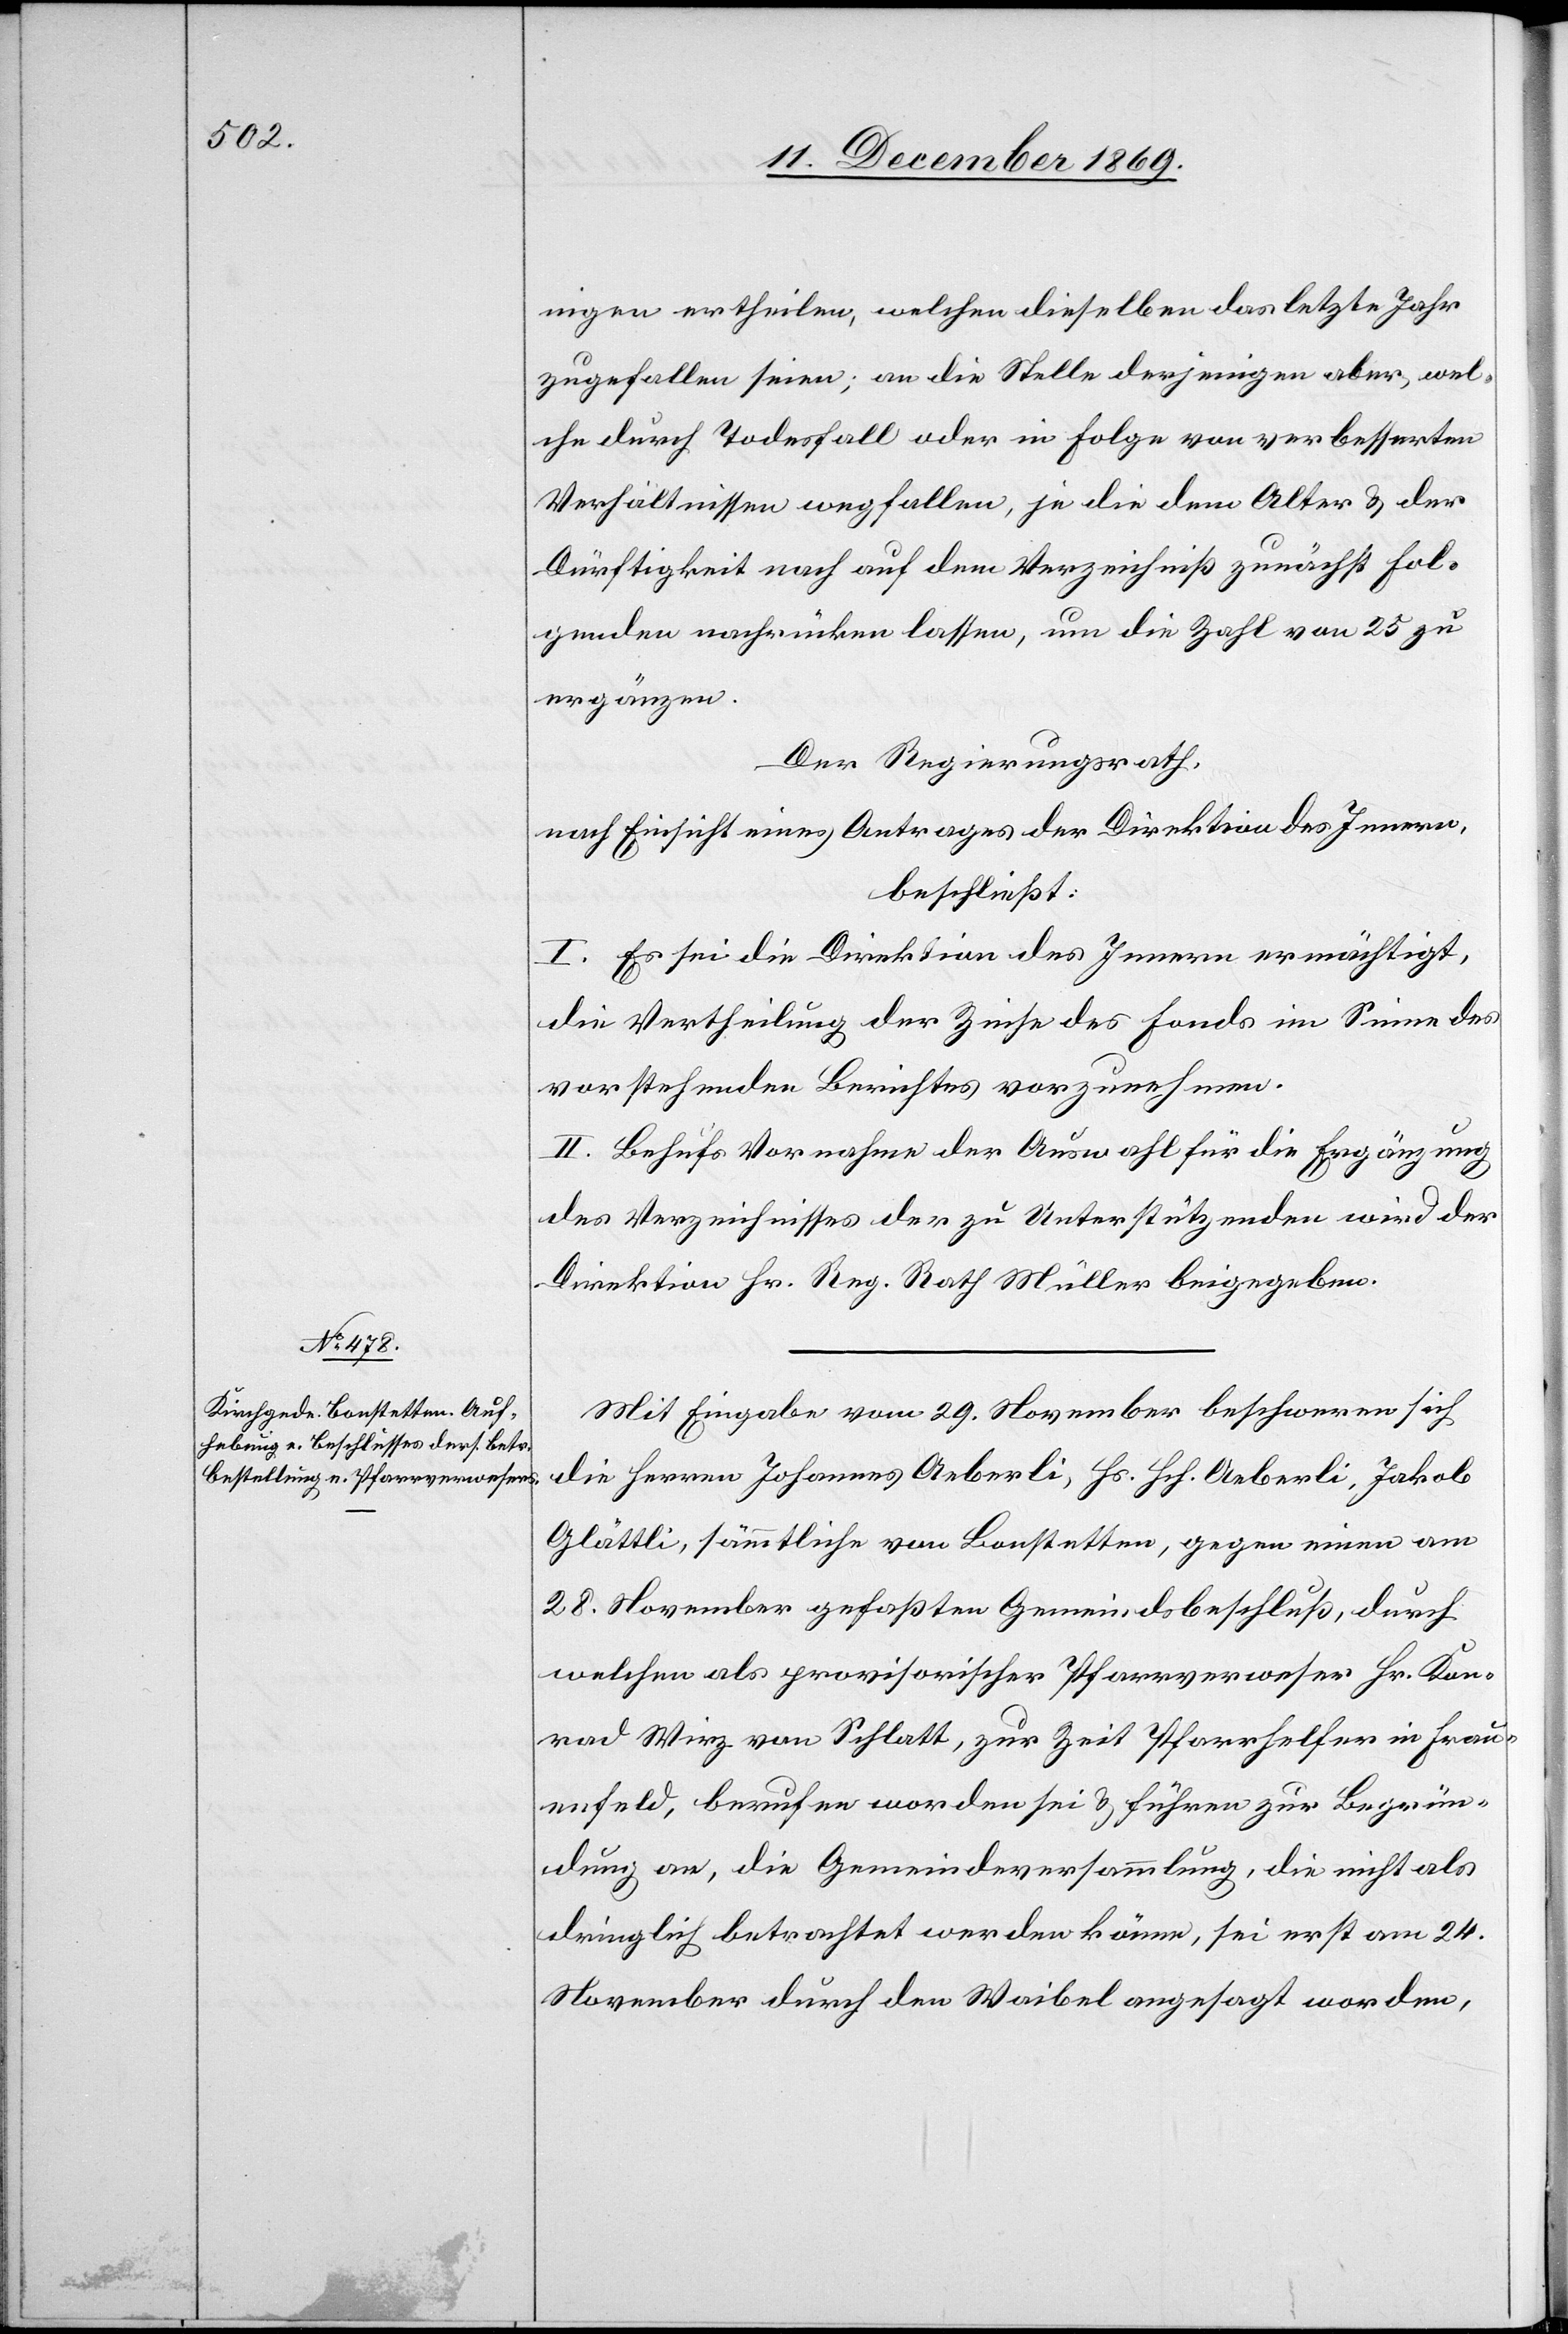
nigen ertheilen, welchen dieselben das letzte Jahr
zugefallen seien; an die Stelle derjenigen aber, wel¬
che durch Todesfall oder in Folge von verbesserten
Verhältnissen wegfallen, je die dem Alter & der
Dürftigkeit nach auf dem Verzeichniß zunächst fol¬
genden nachrücken lassen, um die Zahl von 25 zu
ergänzen.
Der Regierungsrath,
nach Einsicht eines Antrages der Direktion des Innern,
beschließt:
I. Es sei die Direktion des Innern ermächtigt,
die Vertheilung der Zinse des Fonds im Sinne des
vorstehenden Berichtes vorzunehmen.
II. Behufs Vornahme der Auswahl für die Ergänzung
des Verzeichnisses der zu Unterstützenden wird der
Direktion Hr. Reg. Rath Müller beigegeben.
Mit Eingabe vom 29. November beschweren sich
die Herren Johannes Aeberli, Hs. Hch. Aeberli, Jakob
Glättli, sämmtliche von Bonstetten, gegen einen am
28. November gefaßten Gemeindsbeschluß, durch
welchen als provisorischer Pfarrverweser Hr. Kon¬
rad Wirz von Schlatt, zur Zeit Pfarrhelfer in Frau¬
enfeld, berufen worden sei & führen zur Begrün¬
dung an, die Gemeindeversammlung, die nicht als
dringlich betrachtet werden könne, sei erst am 24.
November durch den Waibel angesagt worden,